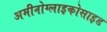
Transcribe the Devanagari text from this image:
अमीनोग्लाइकोसाइड